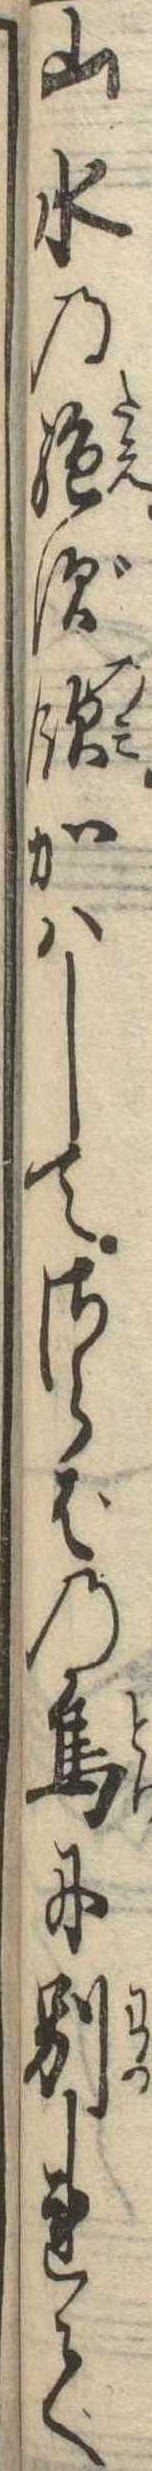
山水の絶ず飲かはしてさらばの鳥に別れて